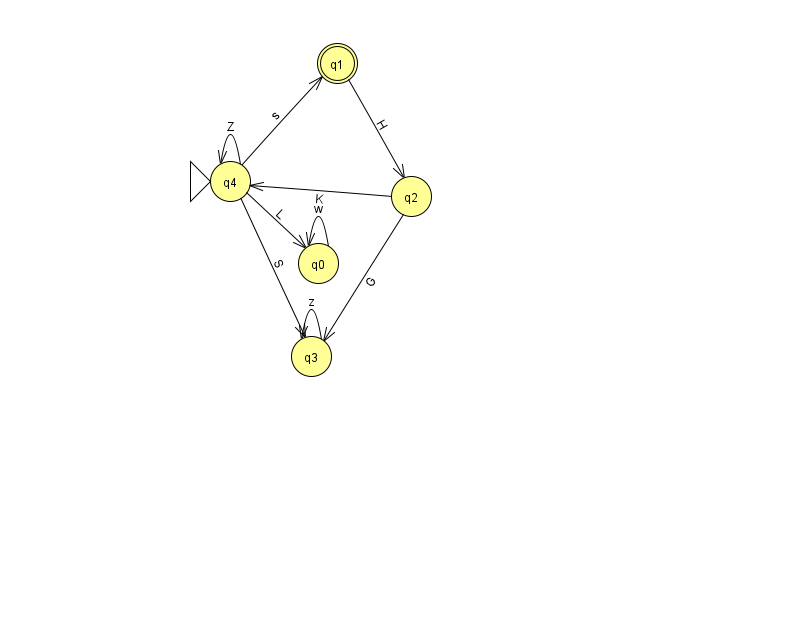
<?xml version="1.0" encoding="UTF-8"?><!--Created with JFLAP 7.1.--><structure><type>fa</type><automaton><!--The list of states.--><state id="0" name="q0"><x>318.0</x><y>250.0</y></state><state id="1" name="q1"><x>337.0</x><y>50.0</y><final/></state><state id="2" name="q2"><x>411.0</x><y>183.0</y></state><state id="3" name="q3"><x>311.0</x><y>343.0</y></state><state id="4" name="q4"><x>230.0</x><y>168.0</y><initial/></state><!--The list of transitions.--><transition><from>4</from><to>3</to><read>S</read></transition><transition><from>2</from><to>3</to><read>G</read></transition><transition><from>4</from><to>1</to><read>s</read></transition><transition><from>0</from><to>0</to><read>w</read></transition><transition><from>4</from><to>0</to><read>L</read></transition><transition><from>2</from><to>4</to><read>K</read></transition><transition><from>3</from><to>3</to><read>z</read></transition><transition><from>4</from><to>4</to><read>Z</read></transition><transition><from>1</from><to>2</to><read>H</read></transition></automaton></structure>